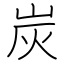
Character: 炭